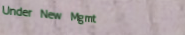
Under New Mgmt